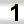
Digit: 1